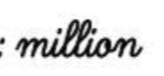
million